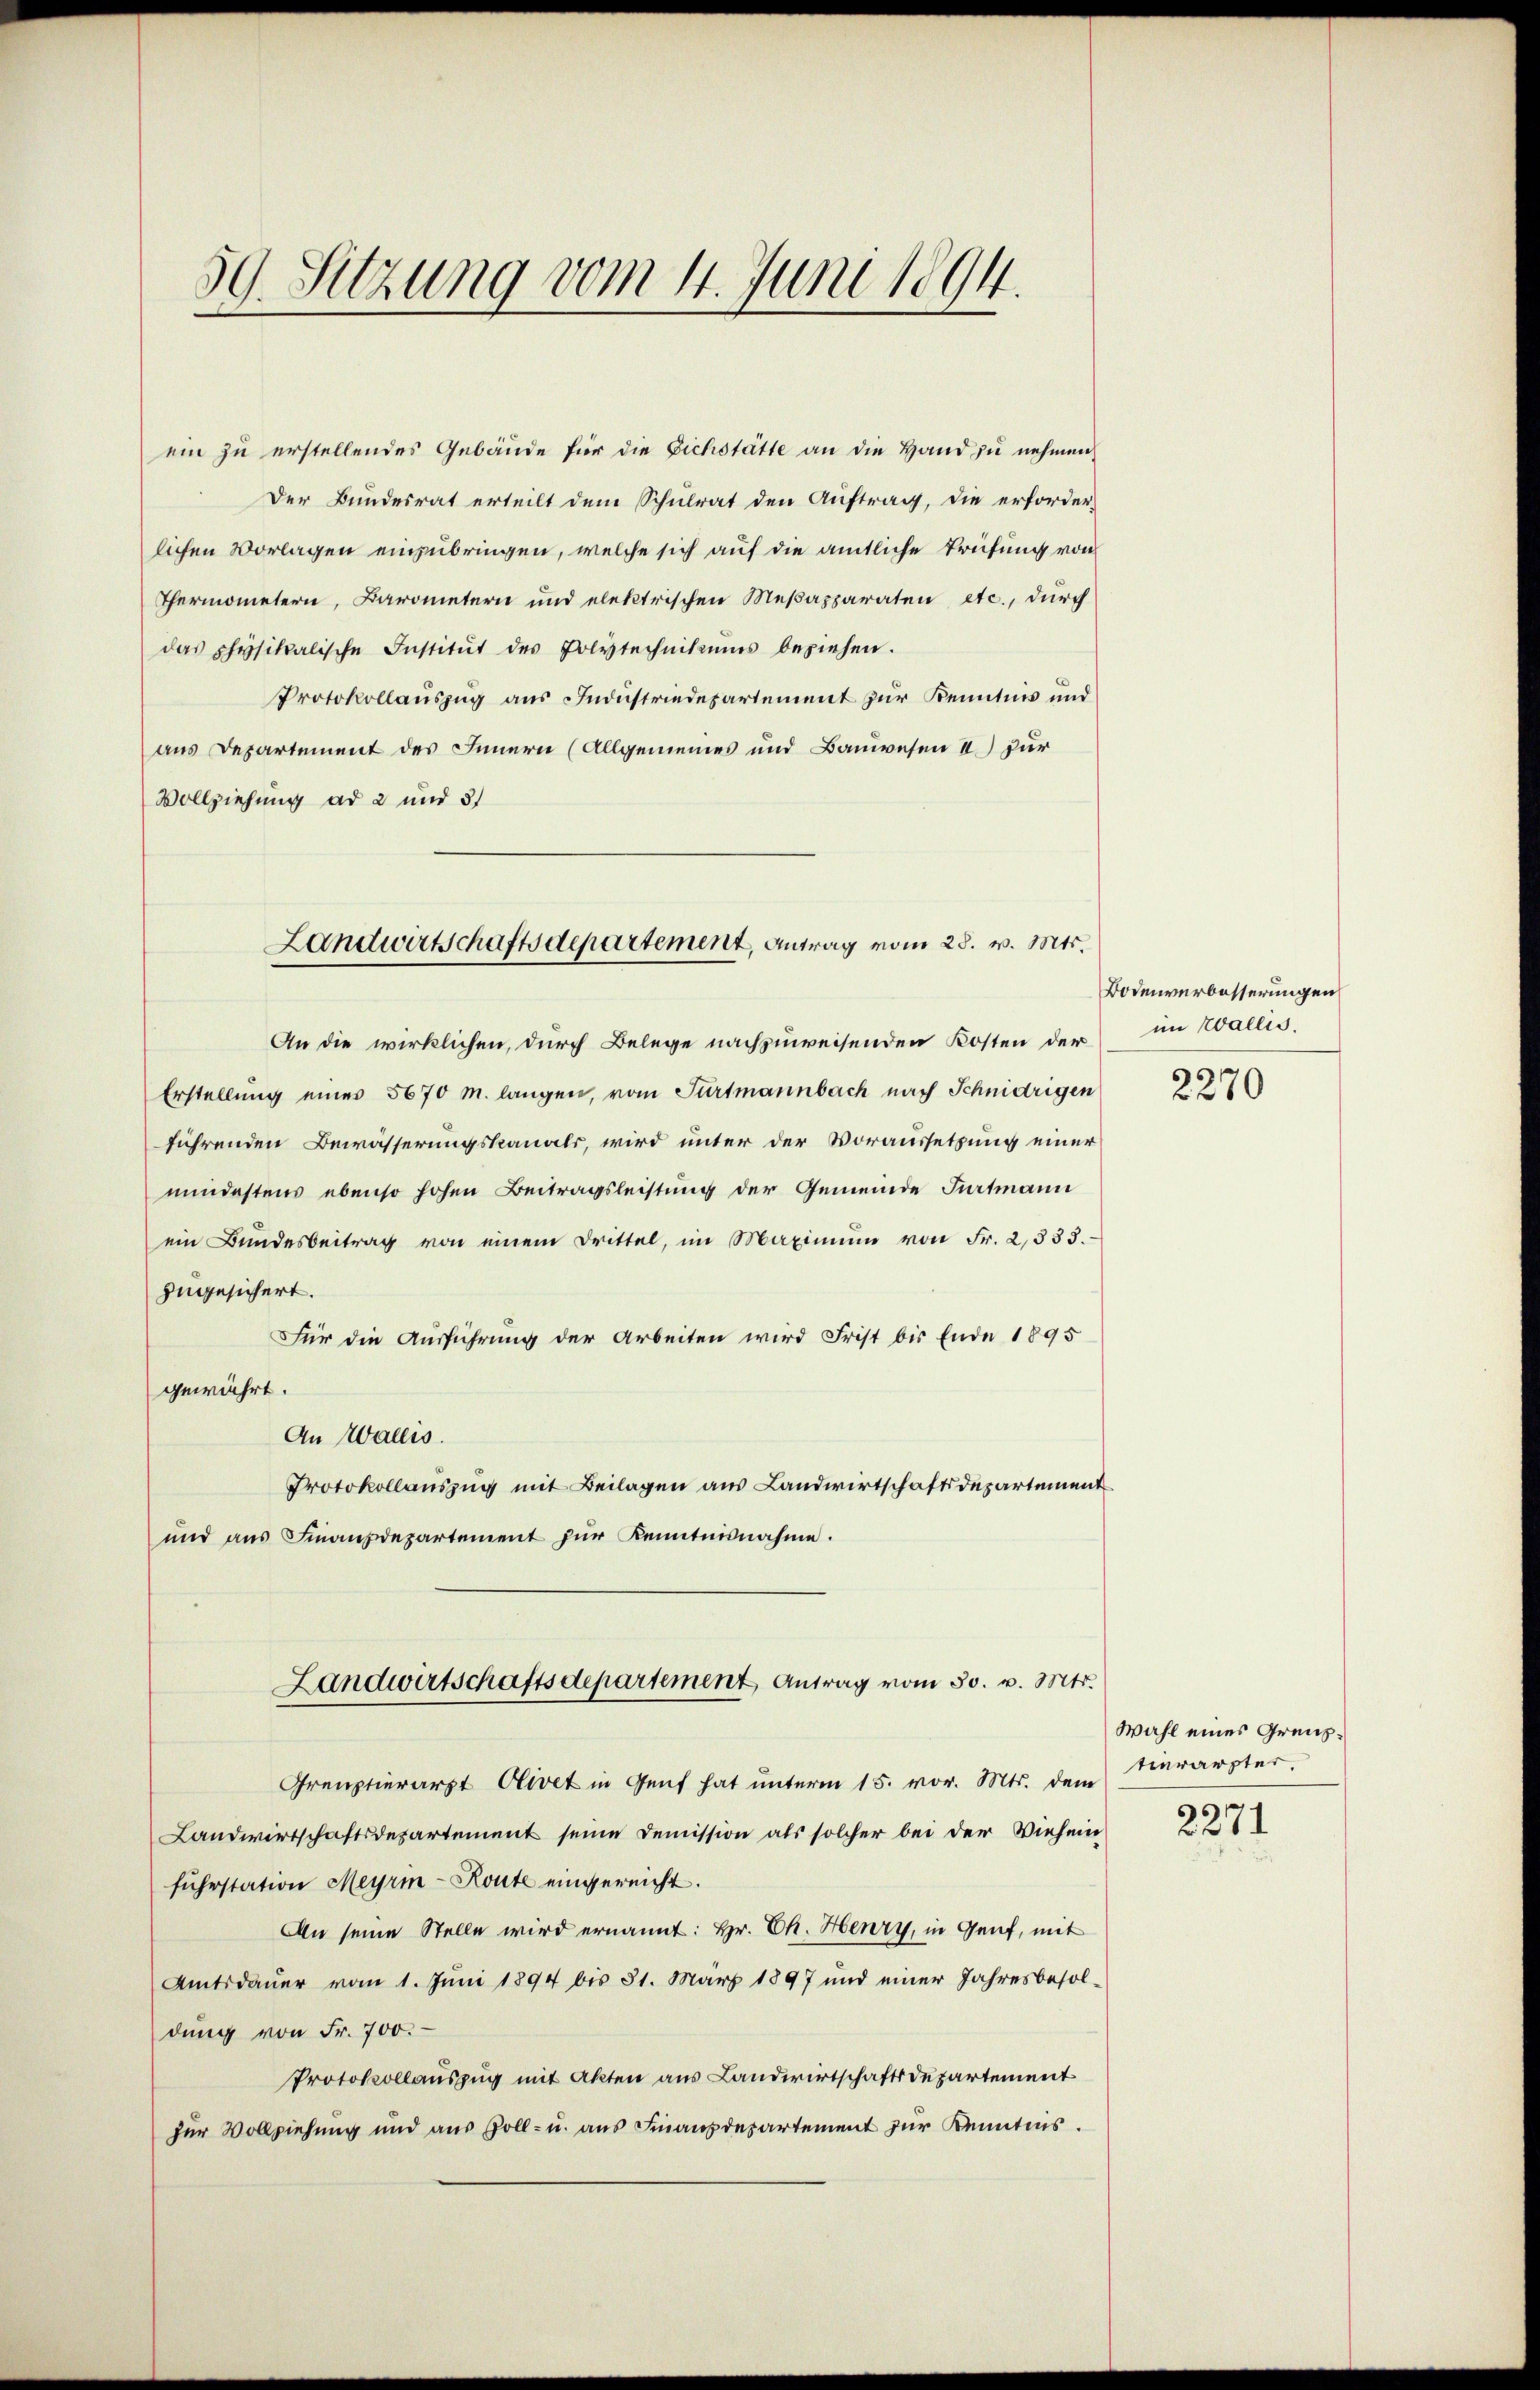
59. Sitzung vom 4. Juni 1894.

ein zu erstellendes Gebäude für die Eichstätte an die Hand zu nehmen,
Der Bundesrat erteilt dem Schulrat den Auftrag, die erforder-
lichen Vorlagen einzubringen, welche sich auf die amtliche Prüfung von
Thermometern, Barometern und elektrischen Mesapparaten etc., durch
das physikalische Institŭt des Polytechnikums beziehen.
Protokollauszug aus Industriedepartement zur Kenntnis und
aus Departement des Innern (Allgemeines und Bauwesen II) für
Vollziehung ad 2 und 51

Landwirtschaftsdepartement, Antrag vom 28. v. Mts.

An die wirklichen, durch Belege nachzuweisenden Kosten der
Erstellung einer 5670 M. langen, vom Furtmannbach nach Schnidrigen
führenden Bewässerungskanals, wird unter der Voraussetzung einer
mindestens ebenso hohen Beitragsleistung der Gemeinde Furtmann
ein Bundesbeitrag von einem Drittel, im Maximŭm von Fr. 2333.
zugesichert.
Für die Ausführung der Arbeiten wird Frist bis Ende 1895
gewährt.
An Wallis.
Protokollauszug mit Beilagen aus Landwirtschaftsdepartement
und ans Finanzdepartement zŭr Kenntnisnahme.
Landwirtschaftsdepartement Antrag vom 30. v. Mts.
Greuztierarzt Olivet in Genf hat unterm 15. vor. Mts. dem
Landwirtschaftsdepartement seine Demission als solcher bei der Viehein
fuhrstation Meyrm-Route eingereicht.
An seine Stelle wird ernannt: Hr. Ch. Henry, in Genf, mit
Amtsdauer vom 1. Juni 1894 bis 31. März 1897 und einer Jahresbesoldung von Fr. 700.
Protokollauszug mit Akten aus Landwirtschaftsdepartement
zur Vollziehung und aus Zoll- u. aus Finanzdepartement zur Kenntnis.

Bodenverbesserungen
im Wallis.
6
2570

Wahl eines Grenztierärzter,
2271